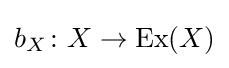
b_{X}\colon X\rightarrow \operatorname {Ex} (X)